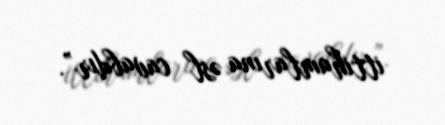
ittihamlarına əsl cavabdır”.